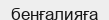
бенғалияға